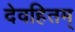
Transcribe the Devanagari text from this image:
देवहितम्